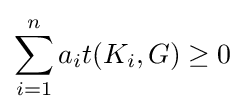
\sum _{i=1}^{n}a_{i}t(K_{i},G)\geq 0